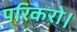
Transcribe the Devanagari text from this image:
परिकरो।